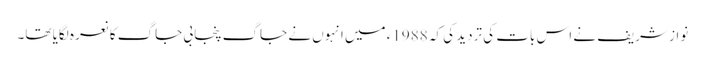
نواز شریف نے اس بات کی تردید کی کہ 1988ء میں انہوں نے جاگ پنجابی جاگ کا نعرہ لگایا تھا۔